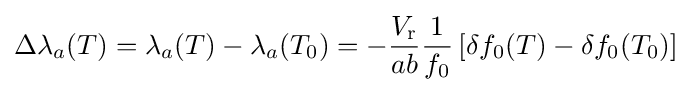
\Delta \lambda _{a}(T)=\lambda _{a}(T)-\lambda _{a}(T_{0})=-{\frac {V_{\mathrm {r} }}{ab}}{\frac {1}{f_{0}}}\left[\delta f_{0}(T)-\delta f_{0}(T_{0})\right]